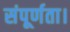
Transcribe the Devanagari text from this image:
संपूर्णता।